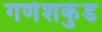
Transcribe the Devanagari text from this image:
गणेशकुंड